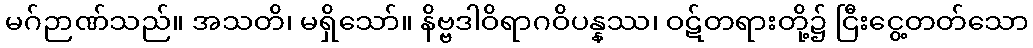
မဂ်ဉာဏ်သည်။ အသတိ၊ မရှိသော်။ နိဗ္ဗဒါဝိရာဂဝိပန္နဿ၊ ဝဋ်တရားတို့၌ ငြီးငွေ့တတ်သော